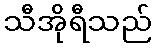
သီအိုရီသည်